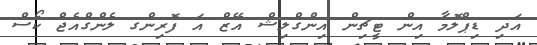
އަދި ޑިޕްލޮމާ އިން ޓީޗިން އިންގްލިޝް އޭޒް އަ ފޮރިންގ ލެންގްއެޖް ކޯސް